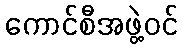
ကောင်စီအဖွဲ့ဝင်